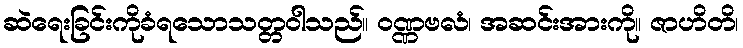
ဆဲရေးခြင်းကိုခံရသောသတ္တဝါသည်။ ဝဏ္ဏဗလံ၊ အဆင်းအားကို။ ဇာဟိတိ၊